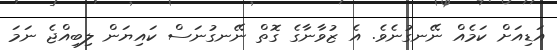
އަޑިއަށް ކަމެއް ނޭނގުނެވެ. އެ ޒުވާނާގެ ގޮތް ނޭނގުނަސް ކައިޔަން ލިބިއްޖެ ނަމަ